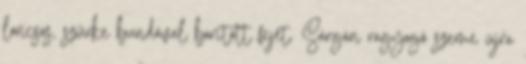
loncsos, szürke bundával borított fejét. Sárgán ragyogó szeme újra